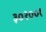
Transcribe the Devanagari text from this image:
३०२००१